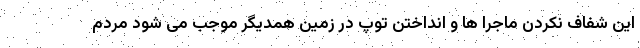
این شفاف نکردن ماجرا ها و انداختن توپ در زمین همدیگر موجب می شود مردم